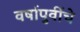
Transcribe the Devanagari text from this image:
वर्षापुर्वीचे